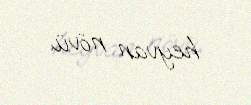
heyvan növü.